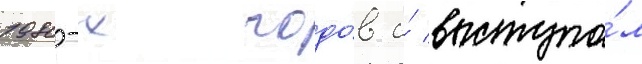
1980-х годо́в и́ выступа́л